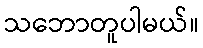
သဘောတူပါမယ်။